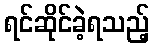
ရင်ဆိုင်ခဲ့ရသည့်